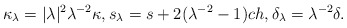
\begin{align*} \kappa_{\lambda} = |\lambda|^2 \lambda^{-2} \kappa, s_{\lambda} = s + 2 (\lambda^{-2} -1) ch , \delta_{\lambda} = \lambda^{-2} \delta.\end{align*}